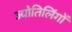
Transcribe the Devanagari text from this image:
ज्योतिलिंगों